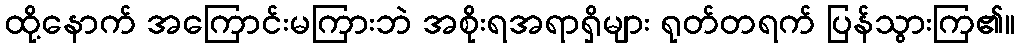
ထို့နောက် အကြောင်းမကြားဘဲ အစိုးရအရာရှိများ ရုတ်တရက် ပြန်သွားကြ၏။